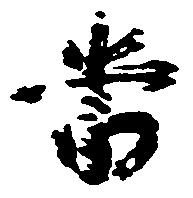
当